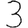
Digit: 3